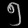
Digit: ၅